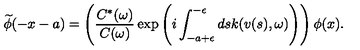
\widetilde { \phi } ( - x - a ) = \Biggl ( \frac { C ^ { * } ( \omega ) } { C ( \omega ) } \exp \left( i \int _ { - a + \epsilon } ^ { - \epsilon } d s k ( v ( s ) , \omega ) \Biggr ) \right) \phi ( x ) .